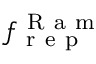
f _ { \mathrm { ~ r ~ e ~ p ~ } } ^ { \mathrm { ~ R ~ a ~ m ~ } }